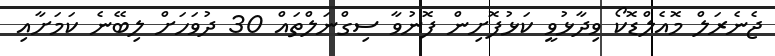
ޖެނެރަލް މޮއެލްޑޮކޯ ވިދާޅުވީ ކަޅުފޮށިން ފޮނުވާ ސިގްނަލްތައް 30 ދުވަހަށް ލިބޭނެ ކަމަށާއި